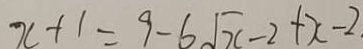
x + 1 = 9 - 6 \sqrt { x } - 2 + x - 2